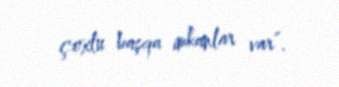
çoxlu başqa imkanlar var”.